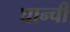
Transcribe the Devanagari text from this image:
घान्ची